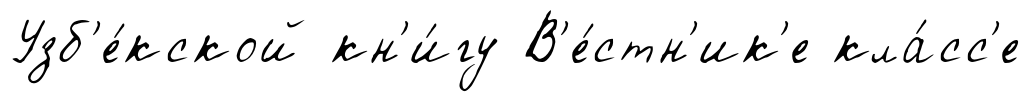
Узб'е́кской кн'и́гу В'е́стн'ик'е кла́сс'е